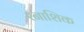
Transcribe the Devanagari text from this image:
रनाशिक